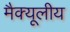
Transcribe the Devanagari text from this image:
मैक्यूलीय